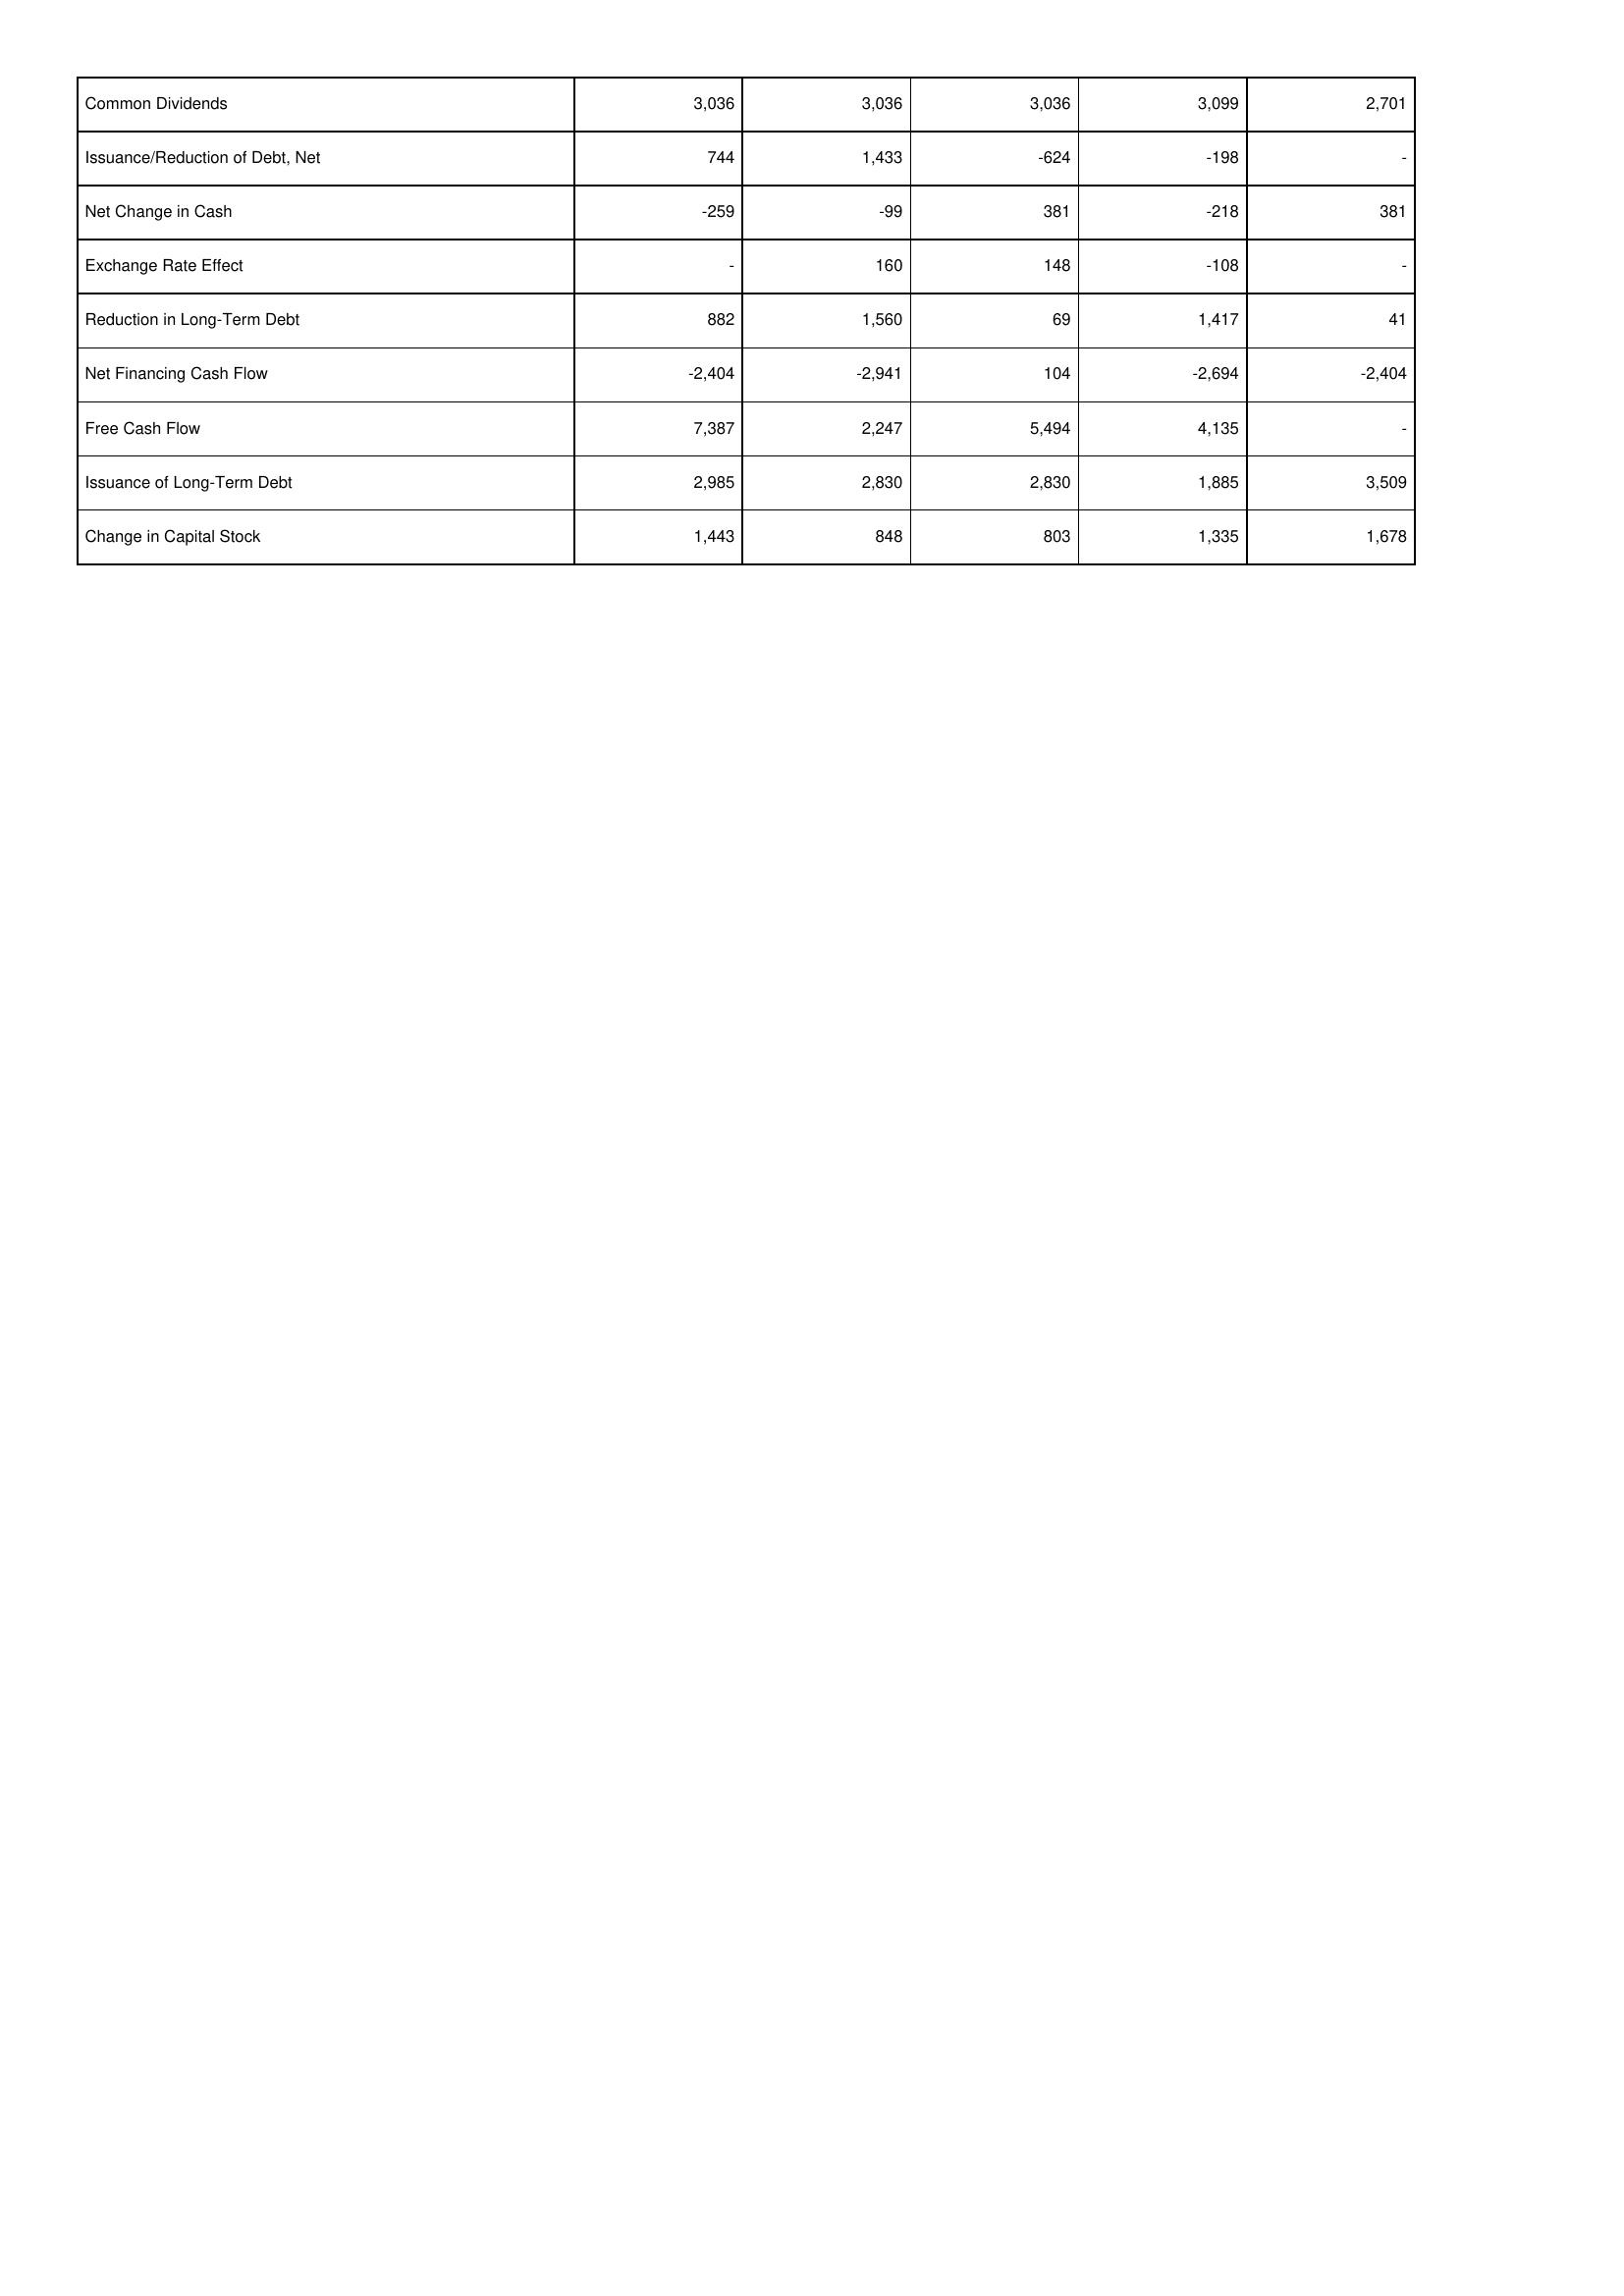
2008: Financing Activities: Common Dividends: 3,036
Issuance/Reduction of Debt, Net: 744
Net Change in Cash: -259
Exchange Rate Effect: -
Reduction in Long-Term Debt: 882
Net Financing Cash Flow: -2,404
Free Cash Flow: 7,387
Issuance of Long-Term Debt: 2,985
Change in Capital Stock: 1,443
2009: Financing Activities: Common Dividends: 3,036
Issuance/Reduction of Debt, Net: 1,433
Net Change in Cash: -99
Exchange Rate Effect: 160
Reduction in Long-Term Debt: 1,560
Net Financing Cash Flow: -2,941
Free Cash Flow: 2,247
Issuance of Long-Term Debt: 2,830
Change in Capital Stock: 848
2010: Financing Activities: Common Dividends: 3,036
Issuance/Reduction of Debt, Net: -624
Net Change in Cash: 381
Exchange Rate Effect: 148
Reduction in Long-Term Debt: 69
Net Financing Cash Flow: 104
Free Cash Flow: 5,494
Issuance of Long-Term Debt: 2,830
Change in Capital Stock: 803
2011: Financing Activities: Common Dividends: 3,099
Issuance/Reduction of Debt, Net: -198
Net Change in Cash: -218
Exchange Rate Effect: -108
Reduction in Long-Term Debt: 1,417
Net Financing Cash Flow: -2,694
Free Cash Flow: 4,135
Issuance of Long-Term Debt: 1,885
Change in Capital Stock: 1,335
2012: Financing Activities: Common Dividends: 2,701
Issuance/Reduction of Debt, Net: -
Net Change in Cash: 381
Exchange Rate Effect: -
Reduction in Long-Term Debt: 41
Net Financing Cash Flow: -2,404
Free Cash Flow: -
Issuance of Long-Term Debt: 3,509
Change in Capital Stock: 1,678